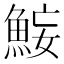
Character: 𫙜